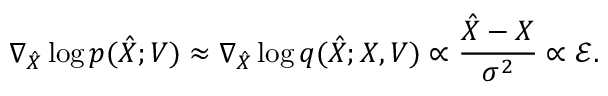
\nabla _ { \hat { X } } \log p ( \hat { X } ; { V } ) \approx \nabla _ { \hat { X } } \log q ( \hat { { X } } ; { X } , { V } ) \propto \frac { \hat { { X } } - { X } } { \sigma ^ { 2 } } \propto { \mathcal { E } } .